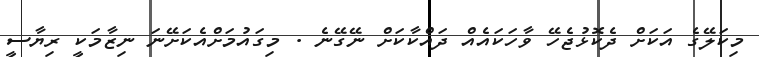
މިކަލޭގެ އަކަށް ދެކޮޅުޖެހޭ ވާހަކައެއް ދައްކާކަށް ނޭގޭނެ . މިގައުމަށްއެކަށޭނަ ނިޒާމަކީ ރިޔާސީ